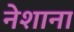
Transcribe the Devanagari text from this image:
नेशाना